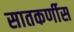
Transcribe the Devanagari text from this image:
सातकर्णीस